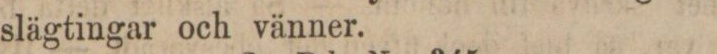
slägtingar och vänner.